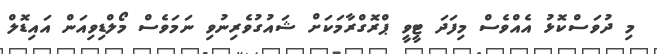
މި ދުވަސްކޮޅު އެއްވެސް މިފަދަ ޓީވީ ޕްރޮގްރާމަކަށް ޝައުގުވެރިނުވި ނަމަވެސް މޯލްޑިވިއަން އައިޑޮލް